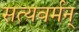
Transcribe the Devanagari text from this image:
सत्यवर्मन्